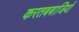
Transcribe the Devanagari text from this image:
करतबबाजियों